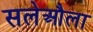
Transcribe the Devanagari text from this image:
सलेऔला